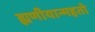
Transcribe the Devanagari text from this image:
ह्यणीयान्महतो